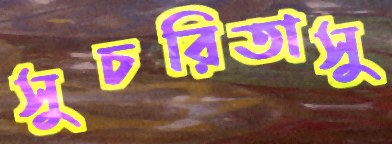
সুচরিতাসু